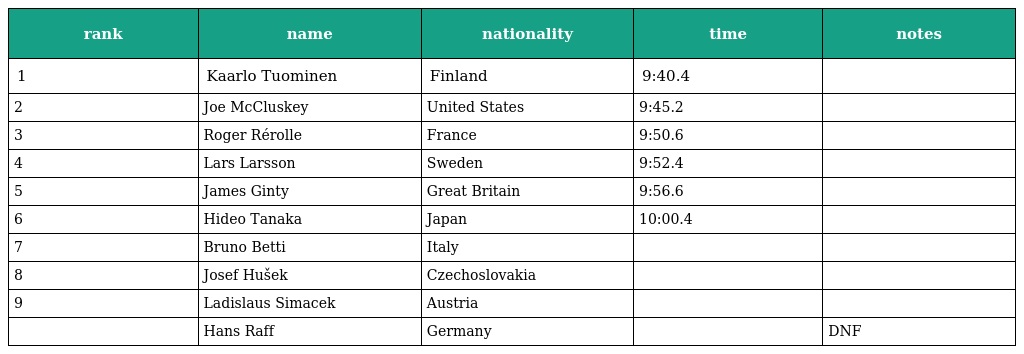
| rank | name | nationality | time | notes |
 | --- | --- | --- | --- | --- |
 | 1 | Kaarlo Tuominen | Finland | 9:40.4 |  |
 | 2 | Joe McCluskey | United States | 9:45.2 |  |
 | 3 | Roger Rérolle | France | 9:50.6 |  |
 | 4 | Lars Larsson | Sweden | 9:52.4 |  |
 | 5 | James Ginty | Great Britain | 9:56.6 |  |
 | 6 | Hideo Tanaka | Japan | 10:00.4 |  |
 | 7 | Bruno Betti | Italy |  |  |
 | 8 | Josef Hušek | Czechoslovakia |  |  |
 | 9 | Ladislaus Simacek | Austria |  |  |
 |  | Hans Raff | Germany |  | DNF |